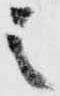
之